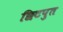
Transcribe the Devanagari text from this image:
छिटपुत